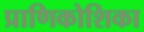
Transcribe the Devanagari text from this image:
प्राणिकोशिका